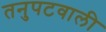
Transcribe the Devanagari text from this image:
तनुपटवाली